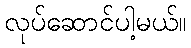
လုပ်ဆောင်ပါ့မယ်။